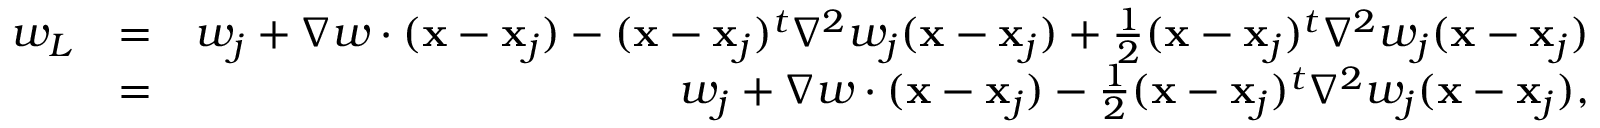
\begin{array} { r l r } { w _ { L } } & { = } & { w _ { j } + \nabla w \cdot ( { \bf x } - { \bf x } _ { j } ) - ( { \bf x } - { \bf x } _ { j } ) ^ { t } { \nabla } ^ { 2 } w _ { j } ( { \bf x } - { \bf x } _ { j } ) + \frac { 1 } { 2 } ( { \bf x } - { \bf x } _ { j } ) ^ { t } { \nabla } ^ { 2 } w _ { j } ( { \bf x } - { \bf x } _ { j } ) } \\ & { = } & { w _ { j } + \nabla w \cdot ( { \bf x } - { \bf x } _ { j } ) - \frac { 1 } { 2 } ( { \bf x } - { \bf x } _ { j } ) ^ { t } { \nabla } ^ { 2 } w _ { j } ( { \bf x } - { \bf x } _ { j } ) , } \end{array}